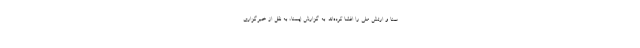
سنا و ارتش ملی را افشا کرده‌اند. به گزارش ایسنا، به نقل از خبرگزاری